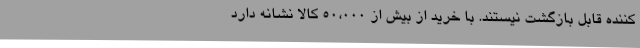
کننده قابل بازگشت نیستند. با خرید از بیش از ۵۰،۰۰۰ کالا نشانه دارد